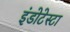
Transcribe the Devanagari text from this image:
इंडोटेस्टा